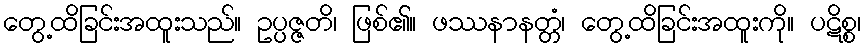
တွေ့ထိခြင်းအထူးသည်။ ဥပ္ပဇ္ဇတိ၊ ဖြစ်၏။ ဖဿနာနတ္တံ၊ တွေ့ထိခြင်းအထူးကို။ ပဋိစ္စ၊